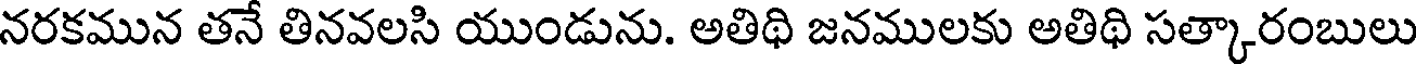
నరకమున తనే తినవలసి యుండును. అతిథి జనములకు అతిథి సత్కారంబులు